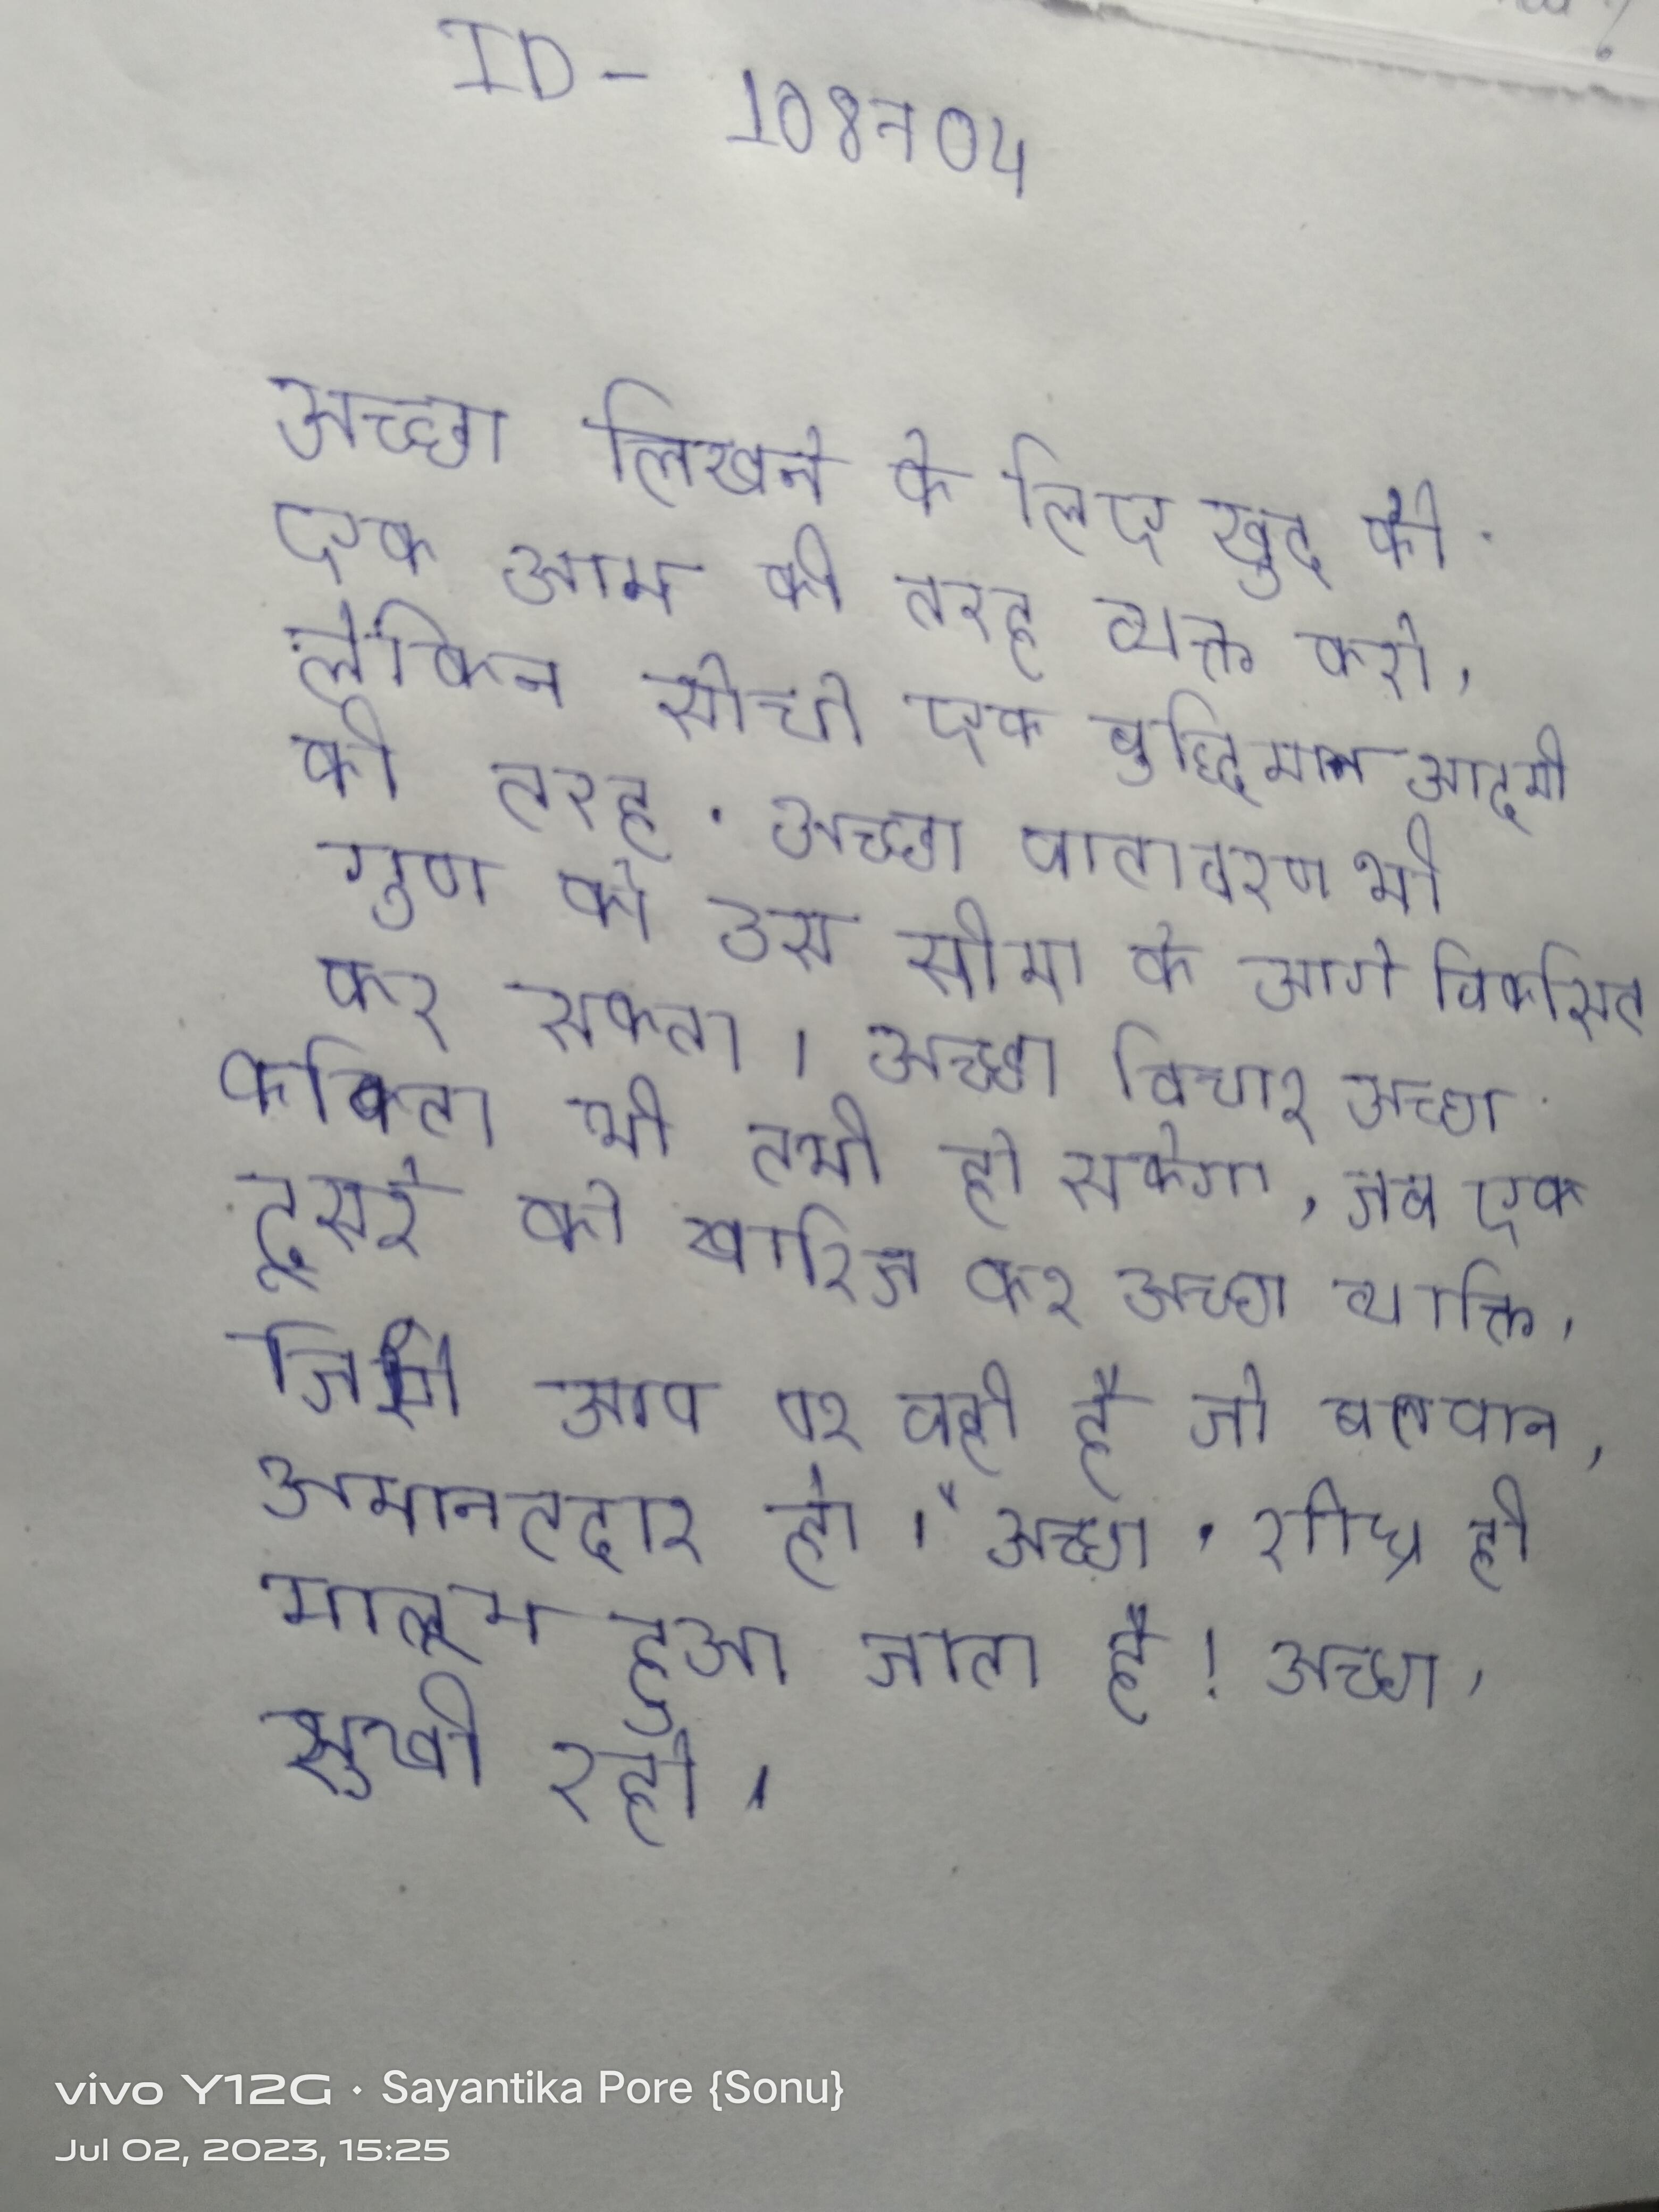
अच्छा लिखने के लिए खुद को एक आम की तरह व्यक्त करो, लेकिन सोचो एक बुद्धिमान आदमी की तरह . अच्छा वातावरण भी गुण को उस सीमा के आगे विकसित कर सकता । अच्छा विचार अच्छी कविता भी तभी हो सकेगा, जब एक दूसरे को खारिज कर अच्छा व्यक्ति, जिसे आप पर वही है जो बलवान, अमानतदार हो।" अच्छा, शीघ्र ही मालूम हुआ जाता है! अच्छा, सुखी रहो ।